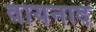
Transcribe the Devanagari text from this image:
वायनाद